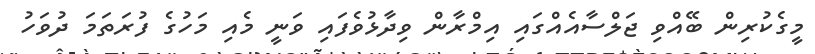
މީގެކުރިން ބޭއްވި ޖަލްސާއެއްގައި އިމްރާން ވިދާޅުވެފައި ވަނީ މެއި މަހުގެ ފުރަތަމަ ދުވަހު